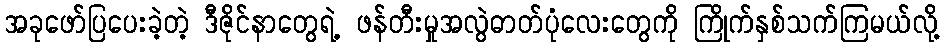
အခုဖော်ပြပေးခဲ့တဲ့ ဒီဇိုင်နာတွေရဲ့ ဖန်တီးမှုအလွဲဓာတ်ပုံလေးတွေကို ကြိုက်နှစ်သက်ကြမယ်လို့